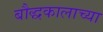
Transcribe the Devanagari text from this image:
बौद्धकालाच्या